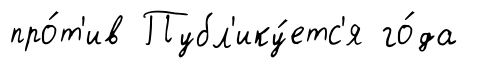
про́т'ив Публ'ику́етс'я го́да